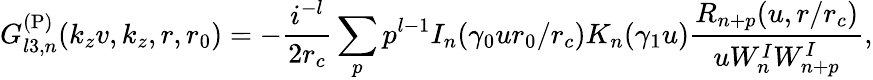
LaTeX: G_{l3,n}^{\mathrm{(P)}}(k_{z}v,k_{z},r,r_{0})=-\frac{i^{-l}}{2r_{c}}\sum_{p}p^{l-1}I_{n}(\gamma_{0}ur_{0}/r_{c})K_{n}(\gamma_{1}u)\frac{R_{n+p}(u,r/r_{c})}{uW_{n}^{I}W_{n+p}^{I}},